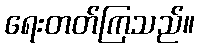
ရေးတတ်ကြသည်။